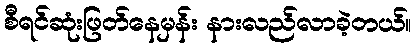
စီရင်ဆုံးဖြတ်နေမှန်း နားလည်လာခဲ့တယ်။